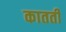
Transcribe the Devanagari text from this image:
कातती